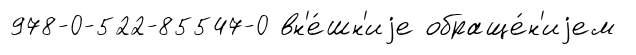
978-0-522-85547-0 вн'е́шн'иjе обраще́н'иjем